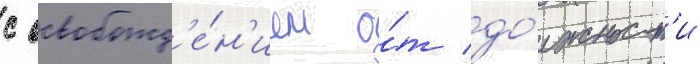
с освобожд'е́н'ием о́т до́лжност'и